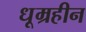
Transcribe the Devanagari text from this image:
धूम्रहीन